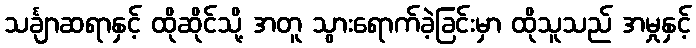
သင်္ချာဆရာနှင့် ထိုဆိုင်သို့ အတူ သွားရောက်ခဲ့ခြင်းမှာ ထိုသူသည် အမှုနှင့်